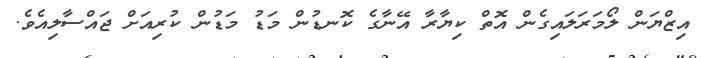
އިޒްޔަން ލޯމަރަލައިގެން އޮތް ކިޔާރާ އޭނާގެ ކޮނޑުން މަޑު މަޑުން ކުރިއަށް ޖައްސާލިއެވެ.